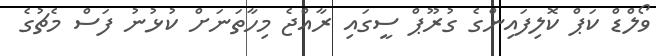
ވޯލްޑް ކަޕް ކޮލިފައިންގެ ގުރޫޕް ސީގައި ރާއްޖެ މިހާތަނަށް ކުޅުނު ފަސް މެޗުގެ